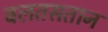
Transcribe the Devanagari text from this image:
बलतसतान